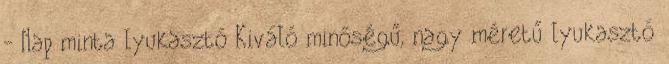
- Nap minta lyukasztó Kiváló minőségű, nagy méretű lyukasztó